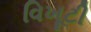
વિખૂટી